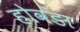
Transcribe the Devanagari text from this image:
होवडा